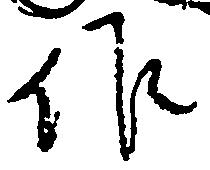
作